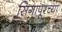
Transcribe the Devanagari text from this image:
सिगापूरच्या